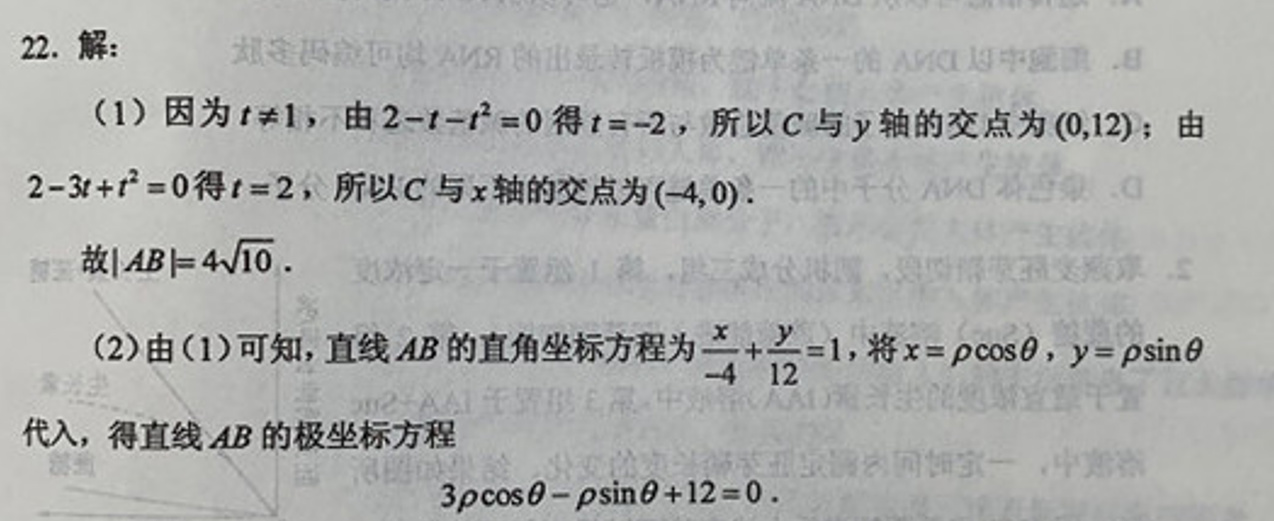
22. 解：

(1) 因为 \(t \neq 1\)，由\(2 - t - t^{2}=0\)得\(t=-2\)，所以\(C\)与\(y\)轴的交点为\((0,12)\)；由\(2 - 3t + t^{2}=0\)得\(t = 2\)，所以\(C\)与\(x\)轴的交点为\((-4,0)\)。

故\(\vert AB\vert = 4\sqrt{10}\)。

(2) 由(1)可知，直线\(AB\)的直角坐标方程为\(\frac{x}{-4}+\frac{y}{12}=1\)，将\(x=\rho\cos\theta\)，\(y=\rho\sin\theta\)代入，得直线\(AB\)的极坐标方程

\(3\rho\cos\theta-\rho\sin\theta + 12=0\)。